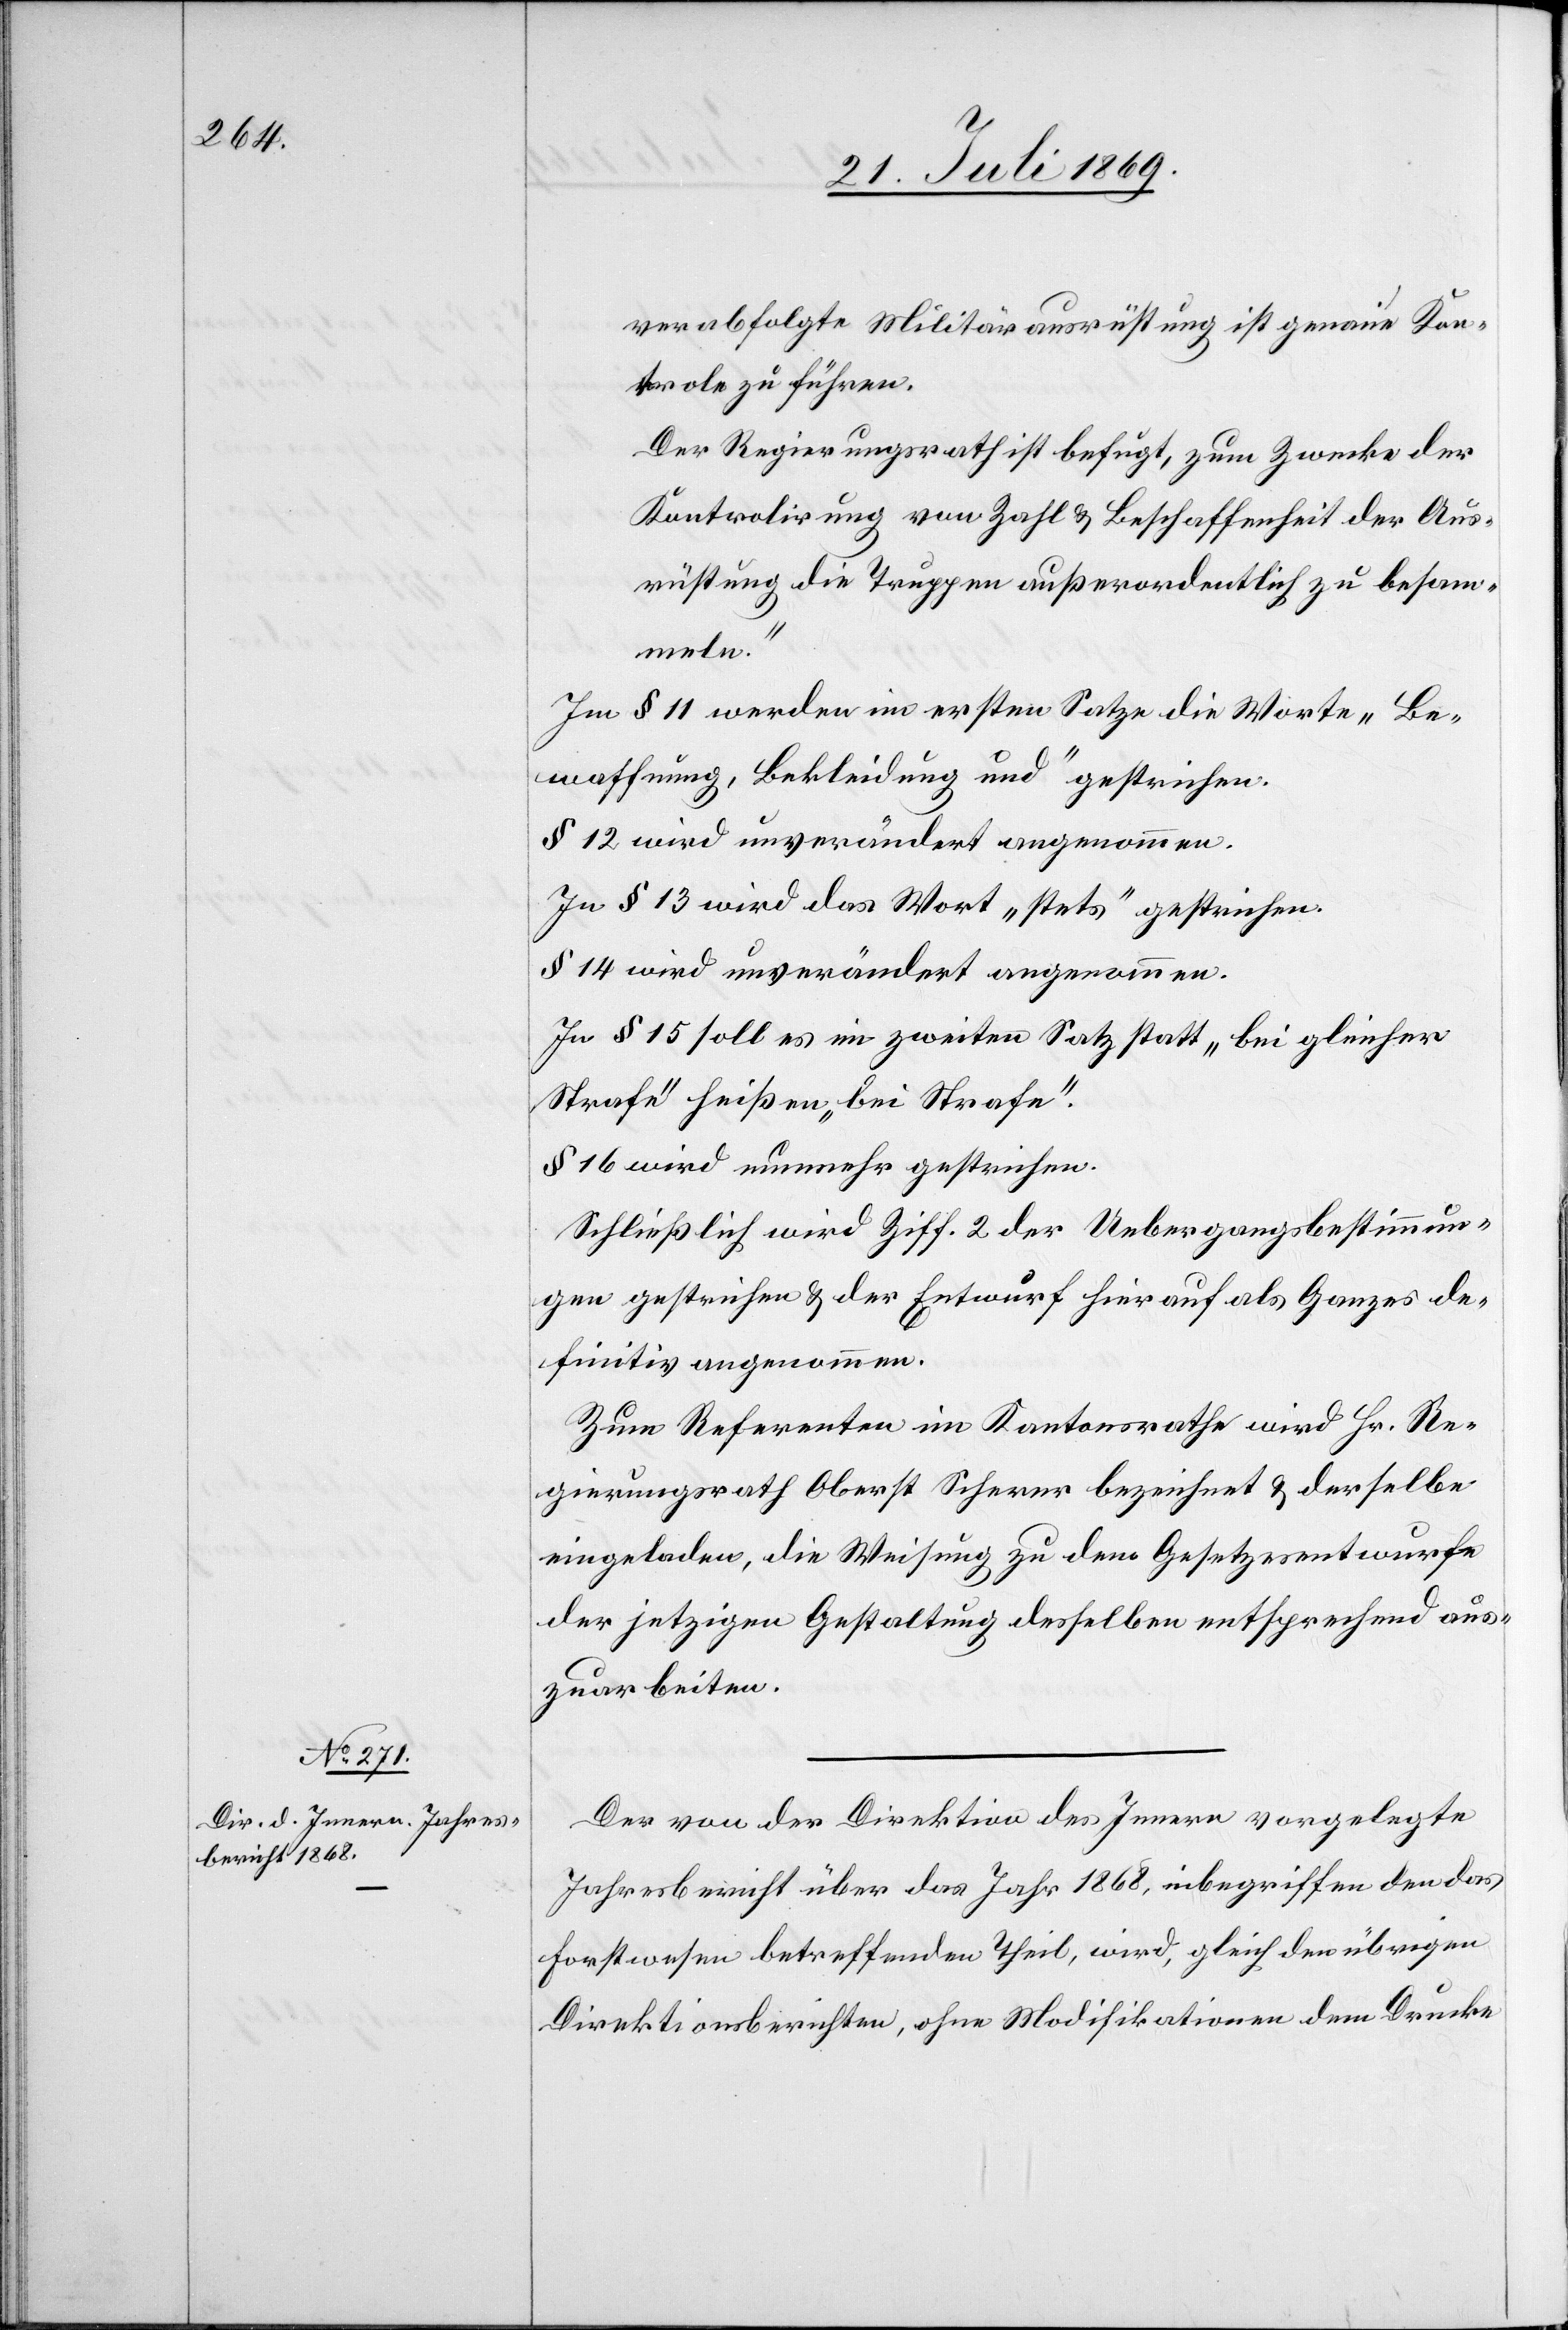
verabfolgte Militärausrüstung ist genaue Kon¬
trole zu führen.
Der Regierungsrath ist befugt, zum Zwecke der
Kontrolirung von Zahl u. Beschaffenheit der Aus¬
rüstung die Truppen ausserordentlich zu besam¬
meln.“
Im § 11 werden im ersten Satze die Worte „Be¬
waffnung, Bekleidung und“ gestrichen.
§ 12 wird unverändert angenommen.
In § 13 wird das Wort „stets“ gestrichen.
§ 14 wird unverändert angenommen.
In § 15 soll es im zweiten Satz statt „bei gleicher
Strafe“ heißen „bei Strafe“.
§ 16 wird nunmehr gestrichen.
Schließlich wird Ziff. 2 der Uebergangsbestimmun¬
gen gestrichen u. der Entwurf hierauf als Ganzes de¬
finitiv angenommen.
Zum Referenten im Kantonsrathe wird Hr. Re¬
gierungsrath Oberst Scherer bezeichnet u. derselbe
eingeladen, die Weisung zu dem Gesetzesentwurfe
der jetzigen Gestaltung desselben entsprechend aus¬
zuarbeiten.
Der von der Direktion des Innern vorgelegte
Jahresbericht über das Jahr 1868, inbegriffen den das
Forstwesen betreffenden Theil, wird, gleich den übrigen
Direktionsberichten, ohne Modifikationen dem Drucke